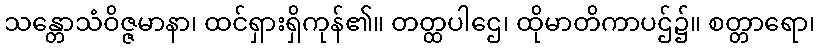
သန္တောသံဝိဇ္ဇမာနာ၊ ထင်ရှားရှိကုန်၏။ တတ္ထပါဌေ၊ ထိုမာတိကာပဌ်၌။ စတ္တာရော၊